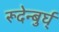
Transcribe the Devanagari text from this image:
रूदेन्बुर्घ्